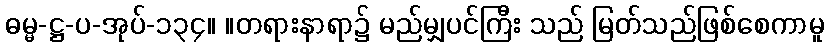
ဓမ္မ-ဋ္ဌ-ပ-အုပ်-၁၃၄။ ။တရားနာရာ၌ မည်မျှပင်ကြီး သည် မြတ်သည်ဖြစ်စေကာမူ